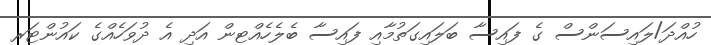
ހުއްދަ/ލައިސަންސް ގެ ފައިސާ ބަލައިގަތުމާއި ފައިސާ ބެލެހެއްޓން އަދި އެ ދުވަހެއްގެ ކައުންޓަރ